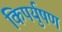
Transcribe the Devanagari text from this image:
किपर्युषण